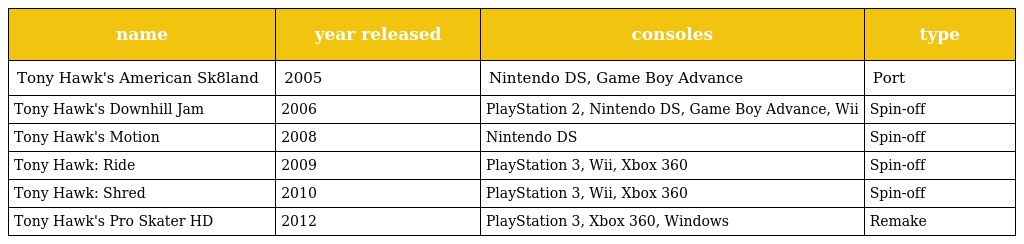
| name | year released | consoles | type |
 | --- | --- | --- | --- |
 | Tony Hawk's American Sk8land | 2005 | Nintendo DS, Game Boy Advance | Port |
 | Tony Hawk's Downhill Jam | 2006 | PlayStation 2, Nintendo DS, Game Boy Advance, Wii | Spin-off |
 | Tony Hawk's Motion | 2008 | Nintendo DS | Spin-off |
 | Tony Hawk: Ride | 2009 | PlayStation 3, Wii, Xbox 360 | Spin-off |
 | Tony Hawk: Shred | 2010 | PlayStation 3, Wii, Xbox 360 | Spin-off |
 | Tony Hawk's Pro Skater HD | 2012 | PlayStation 3, Xbox 360, Windows | Remake |